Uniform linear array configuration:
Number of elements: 24
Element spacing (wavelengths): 1
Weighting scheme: exponential
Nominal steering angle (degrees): -30
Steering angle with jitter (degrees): -29.389
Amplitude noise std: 0.05
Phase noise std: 0.05

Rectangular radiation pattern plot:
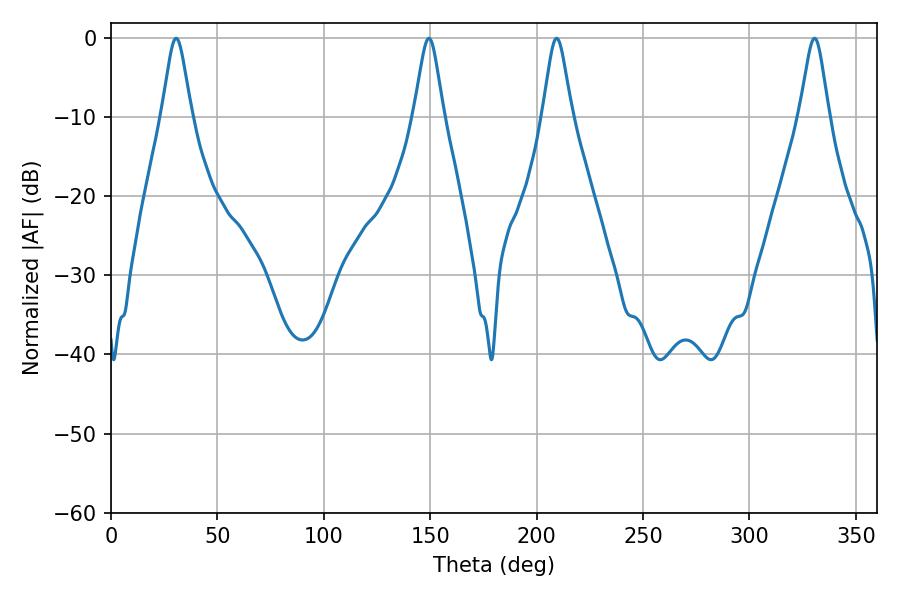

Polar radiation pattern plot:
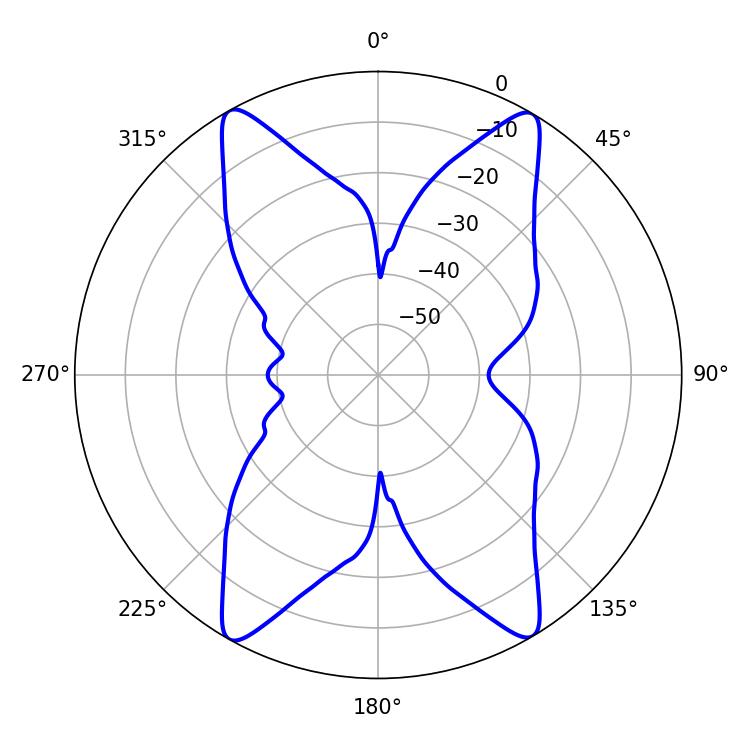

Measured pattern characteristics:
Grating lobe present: TRUE
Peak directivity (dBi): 23.644
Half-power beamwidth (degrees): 6.66
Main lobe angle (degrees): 30.6